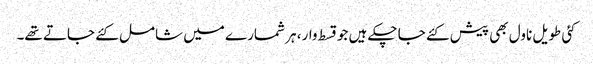
کئی طویل ناول بھی پیش کئے جا چکے ہیں جو قسط وار، ہر شمارے میں شامل کئے جاتے تھے۔